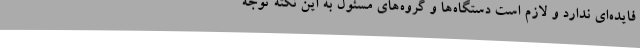
فایده‌ای ندارد و لازم است دستگاه‌ها و گروه‌های مسئول به این نکته توجه